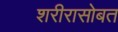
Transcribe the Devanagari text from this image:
शरीरासोबत